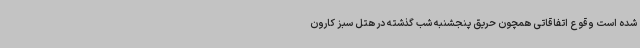
شده است وقوع اتفاقاتی همچون حریق پنجشنبه شب گذشته در هتل سبز کارون